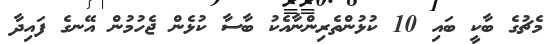
މެޗުގެ ބާކީ ބައި 10 ކުޅުންތެރިންނާއެކު ބާސާ ކުޅެން ޖެހުމުން އޭނގެ ފައިދާ